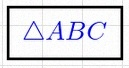
\triangle ABC